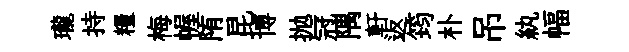
瓏持糧梅幄陏昆博抛冠隅軒返筠朴吊紈幅